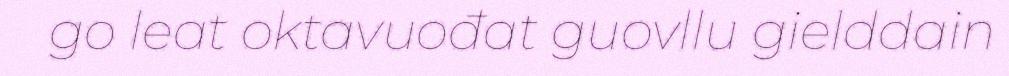
go leat oktavuođat guovllu gielddain